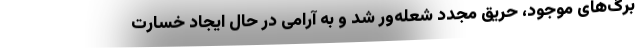
برگ‌های موجود، حریق مجدد شعله‌ور شد و به آرامی در حال ایجاد خسارت